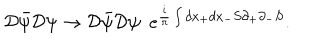
LaTeX: { \cal D } { \bar { \psi } } { \cal D } \psi \rightarrow { \cal D } { \bar { \psi } } { \cal D } \psi \, \, \, { \displaystyle e } ^ { \frac { i } { \pi } \int d x _ { + } d x _ { - } S \partial _ { + } \partial _ { - } S } .